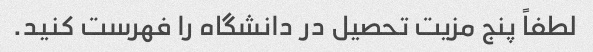
لطفاً پنج مزیت تحصیل در دانشگاه را فهرست کنید.